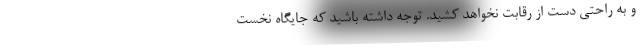
و به راحتی دست از رقابت نخواهد کشید. توجه داشته باشید که جایگاه نخست